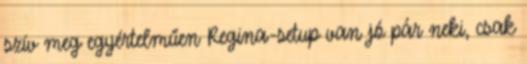
szív meg egyértelműen Regina-setup van jó pár neki, csak